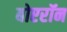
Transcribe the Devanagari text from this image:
बोएरॉन